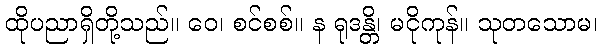
ထိုပညာရှိတို့သည်။ ဝေ၊ စင်စစ်။ န ရုဒန္တိ၊ မငိုကုန်။ သုတသောမ၊